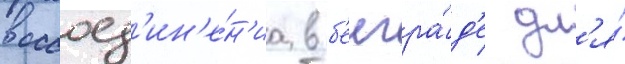
воссоед'ин'е́н'иа в б'елгра́д'е дл'я́